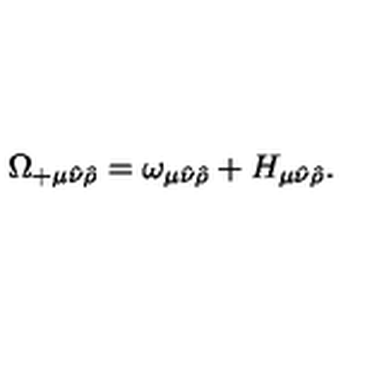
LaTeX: \Omega _ { + \mu \hat { \nu } \hat { \rho } } = \omega _ { \mu \hat { \nu } \hat { \rho } } + H _ { \mu \hat { \nu } \hat { \rho } } .